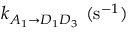
k _ { A _ { 1 } \rightarrow D _ { 1 } D _ { 3 } } ~ ( \mathrm { s } ^ { - 1 } )